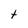
Character: t